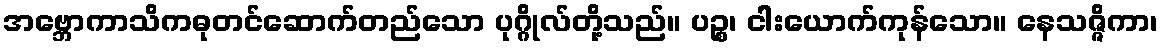
အဗ္ဘောကာသိကဓုတင်ဆောက်တည်သော ပုဂ္ဂိုလ်တို့သည်။ ပဉ္စ၊ ငါးယောက်ကုန်သော။ နေသဇ္ဇိကာ၊